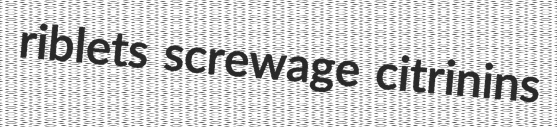
riblets screwage citrinins